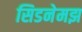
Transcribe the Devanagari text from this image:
सिडनेमझ